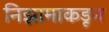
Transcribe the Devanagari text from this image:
निझामाकडून